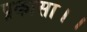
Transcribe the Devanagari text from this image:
प्रकासा।।